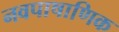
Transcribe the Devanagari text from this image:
नवपाषाणिक